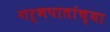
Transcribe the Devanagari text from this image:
गर्भपातांच्या